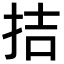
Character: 拮